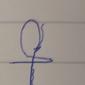
Signature authenticity: forged